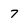
Character: 7